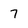
Character: 7